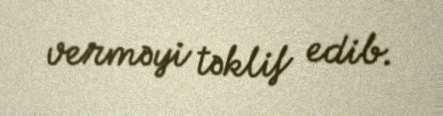
verməyi təklif edib.